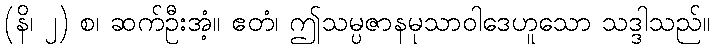
(နိ၊ ၂) စ၊ ဆက်ဦးအံ့။ ဧတံ၊ ဤသမ္ပဇာနမုသာဝါဒေဟူသော သဒ္ဒါသည်။